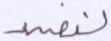
لنفسد